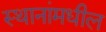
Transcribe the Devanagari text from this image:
स्थानांमधील